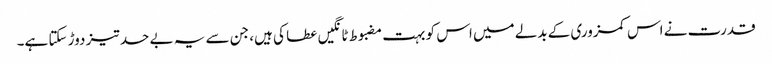
قدرت نے اس کمزوری کے بدلے میں اس کو بہت مضبوط ٹانگیں عطا کی ہیں، جن سے یہ بے حد تیز دوڑ سکتا ہے۔